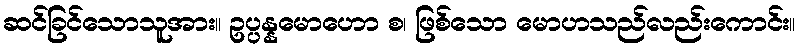
ဆင်ခြင်သောသူအား။ ဥပ္ပန္နမောဟော စ၊ ဖြစ်သော မောဟသည်လည်းကောင်း။